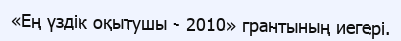
«Ең үздік оқытушы - 2010» грантының иегері.